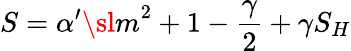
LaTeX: S=\alpha^{\prime}{\sl m}^{2}+1-\frac\gamma 2+\gamma S_{H}